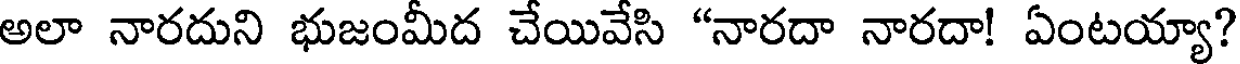
అలా నారదుని భుజంమీద చేయివేసి "నారదా నారదా! ఏంటయ్యా?